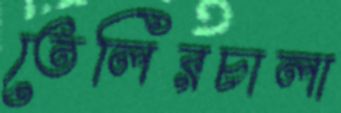
তেলিরচালা